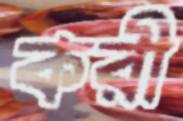
করী